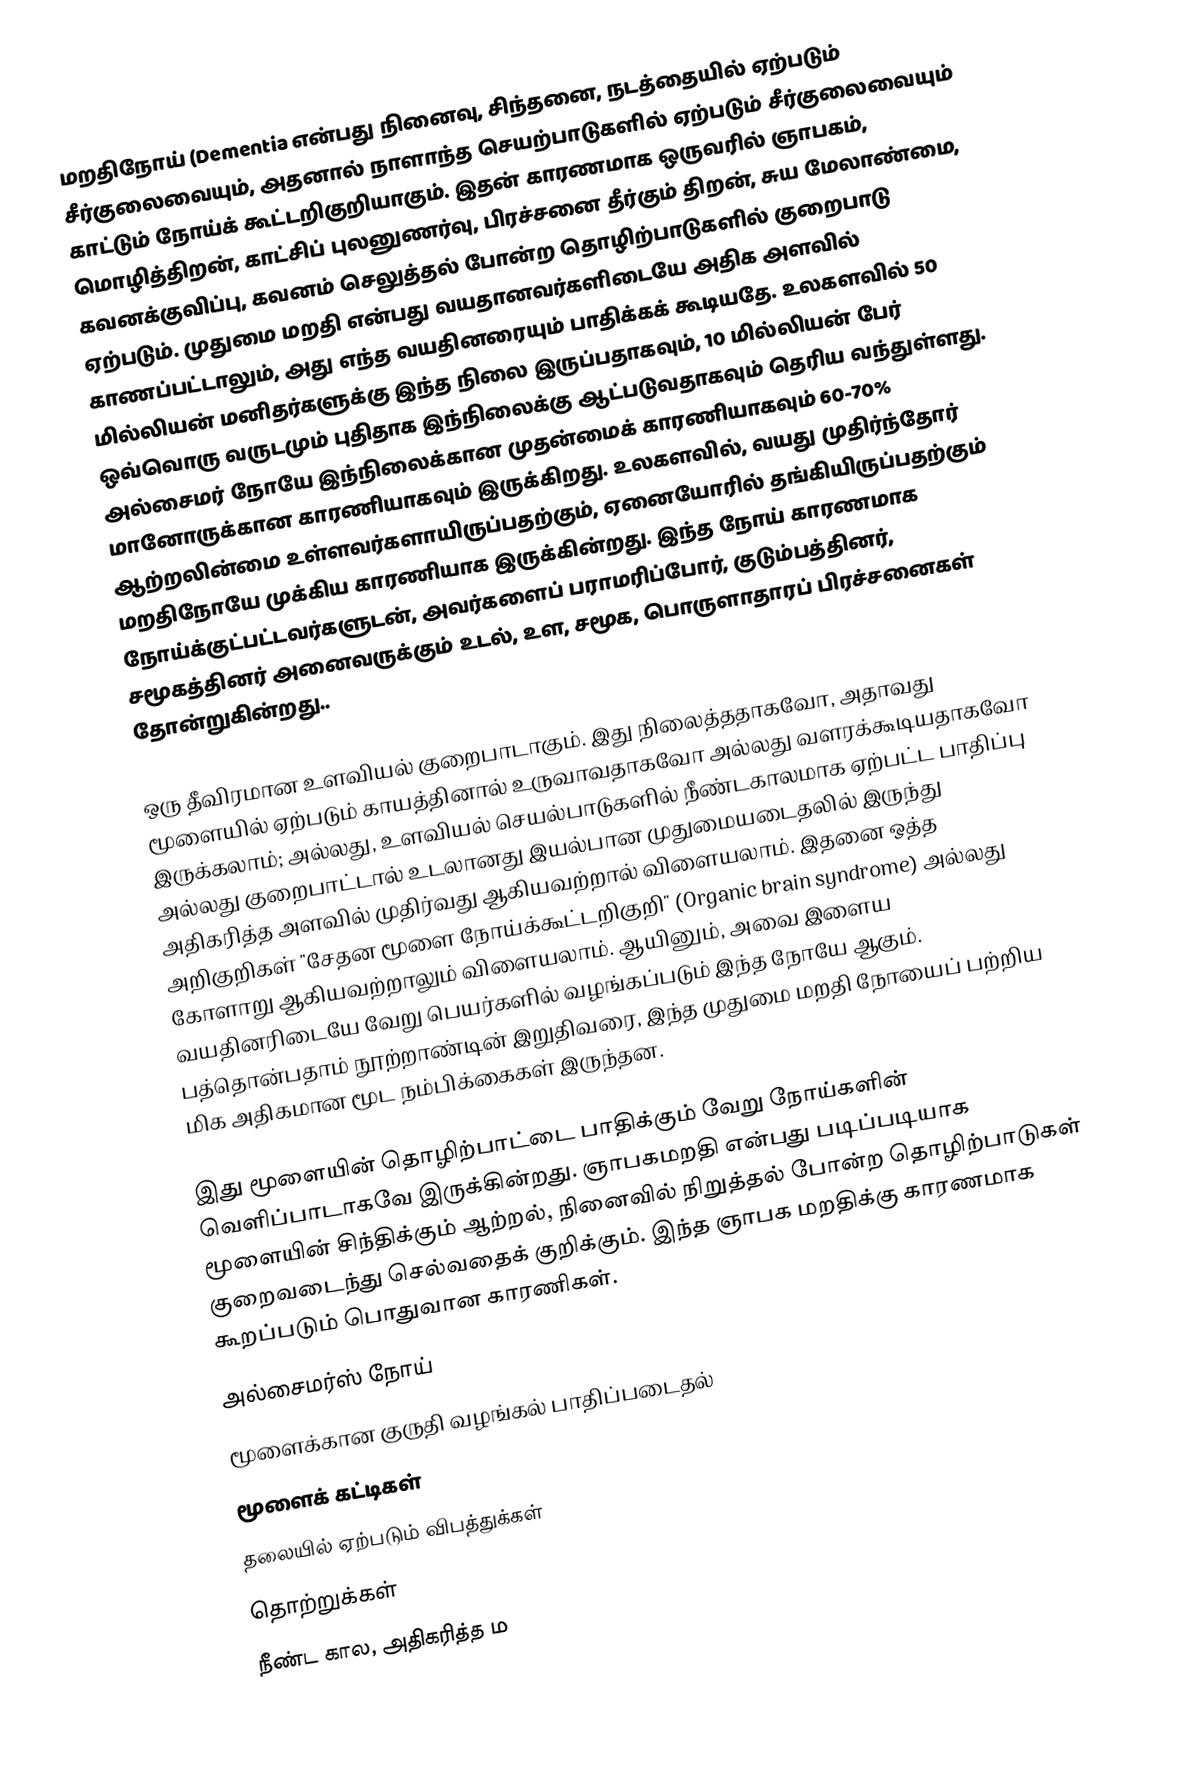
மறதிநோய் (Dementia என்பது நினைவு, சிந்தனை, நடத்தையில் ஏற்படும் சீர்குலைவையும், அதனால் நாளாந்த செயற்பாடுகளில் ஏற்படும் சீர்குலைவையும் காட்டும் நோய்க் கூட்டறிகுறியாகும். இதன் காரணமாக ஒருவரில் ஞாபகம், மொழித்திறன், காட்சிப் புலனுணர்வு, பிரச்சனை தீர்கும் திறன், சுய மேலாண்மை, கவனக்குவிப்பு, கவனம் செலுத்தல் போன்ற தொழிற்பாடுகளில் குறைபாடு ஏற்படும். முதுமை மறதி என்பது வயதானவர்களிடையே அதிக அளவில் காணப்பட்டாலும், அது எந்த வயதினரையும் பாதிக்கக் கூடியதே. உலகளவில் 50 மில்லியன் மனிதர்களுக்கு இந்த நிலை இருப்பதாகவும், 10 மில்லியன் பேர் ஒவ்வொரு வருடமும் புதிதாக இந்நிலைக்கு ஆட்படுவதாகவும் தெரிய வந்துள்ளது. அல்சைமர் நோயே இந்நிலைக்கான முதன்மைக் காரணியாகவும் 60-70% மானோருக்கான காரணியாகவும் இருக்கிறது. உலகளவில், வயது முதிர்ந்தோர் ஆற்றலின்மை உள்ளவர்களாயிருப்பதற்கும், ஏனையோரில் தங்கியிருப்பதற்கும் மறதிநோயே முக்கிய காரணியாக இருக்கின்றது. இந்த நோய் காரணமாக நோய்க்குட்பட்டவர்களுடன், அவர்களைப் பராமரிப்போர், குடும்பத்தினர், சமூகத்தினர் அனைவருக்கும் உடல், உள, சமூக, பொருளாதாரப் பிரச்சனைகள் தோன்றுகின்றது..

ஒரு தீவிரமான உளவியல் குறைபாடாகும். இது நிலைத்ததாகவோ, அதாவது மூளையில் ஏற்படும் காயத்தினால் உருவாவதாகவோ அல்லது வளரக்கூடியதாகவோ இருக்கலாம்; அல்லது, உளவியல் செயல்பாடுகளில் நீண்டகாலமாக ஏற்பட்ட பாதிப்பு அல்லது குறைபாட்டால் உடலானது இயல்பான முதுமையடைதலில் இருந்து அதிகரித்த அளவில் முதிர்வது ஆகியவற்றால் விளையலாம்.  இதனை ஒத்த அறிகுறிகள் "சேதன மூளை நோய்க்கூட்டறிகுறி" (Organic brain syndrome) அல்லது கோளாறு ஆகியவற்றாலும் விளையலாம். ஆயினும், அவை இளைய வயதினரிடையே வேறு பெயர்களில் வழங்கப்படும் இந்த நோயே ஆகும். பத்தொன்பதாம் நூற்றாண்டின் இறுதிவரை, இந்த முதுமை மறதி நோயைப் பற்றிய மிக அதிகமான மூட நம்பிக்கைகள் இருந்தன.

இது மூளையின் தொழிற்பாட்டை பாதிக்கும் வேறு நோய்களின் வெளிப்பாடாகவே இருக்கின்றது. ஞாபகமறதி என்பது படிப்படியாக மூளையின் சிந்திக்கும் ஆற்றல், நினைவில் நிறுத்தல் போன்ற தொழிற்பாடுகள் குறைவடைந்து செல்வதைக் குறிக்கும். இந்த ஞாபக மறதிக்கு காரணமாக கூறப்படும் பொதுவான காரணிகள்.
 அல்சைமர்ஸ் நோய்
 மூளைக்கான குருதி வழங்கல் பாதிப்படைதல்
 மூளைக் கட்டிகள்
 தலையில் ஏற்படும் விபத்துக்கள்
 தொற்றுக்கள்
 நீண்ட கால, அதிகரித்த ம